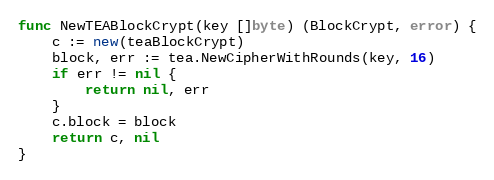
Language: Go
func NewTEABlockCrypt(key []byte) (BlockCrypt, error) {
	c := new(teaBlockCrypt)
	block, err := tea.NewCipherWithRounds(key, 16)
	if err != nil {
		return nil, err
	}
	c.block = block
	return c, nil
}